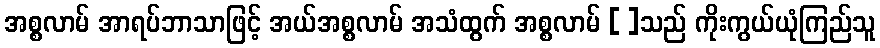
အစ္စလာမ် အာရပ်ဘာသာဖြင့် အယ်အစ္စလာမ် အသံထွက် အစ္စလာမ် [ ]သည် ကိုးကွယ်ယုံကြည်သူ